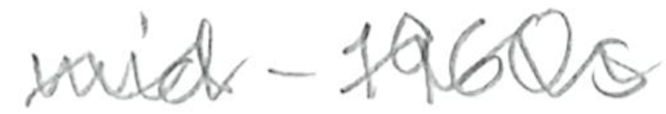
Text: mid-1960s
Cross-out: wave
Writing tool: pencil